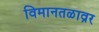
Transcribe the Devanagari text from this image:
विमानतळाव्रर